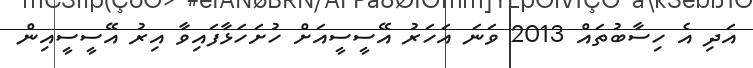
އަދި އެ ހިސާބުތައް 2013 ވަނަ އަހަރު އޭސީސީއަށް ހުށަހަޅާފައިވާ އިރު އޭސީސީއިން